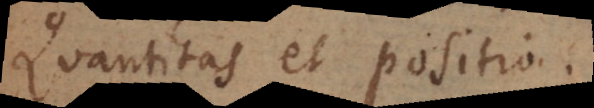
Quantitas et Positio.